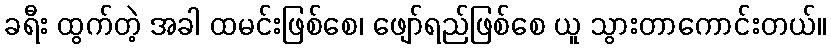
ခရီး ထွက်တဲ့ အခါ ထမင်းဖြစ်စေ၊ ဖျော်ရည်ဖြစ်စေ ယူ သွားတာကောင်းတယ်။